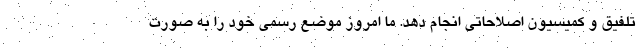
تلفیق و کمیسیون اصلاحاتی انجام دهد. ما امروز موضع رسمی خود را به صورت